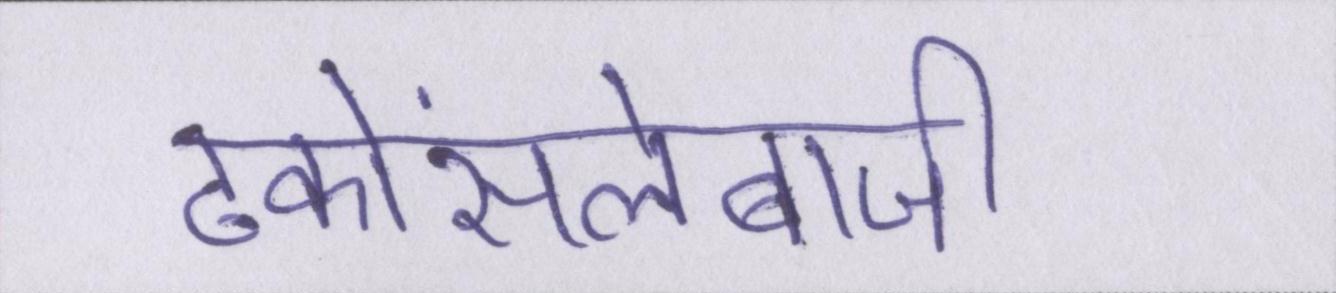
ढकोंसलेबाजी